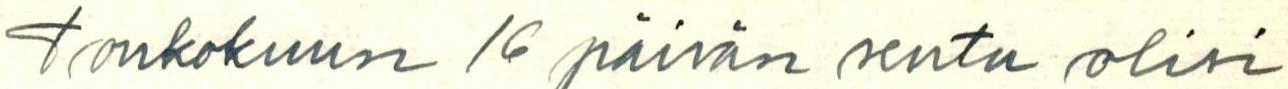
Toukokuun 16 päivän seutu olisi